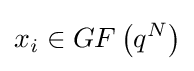
x_{i}\in GF\left({q^{N}}\right)